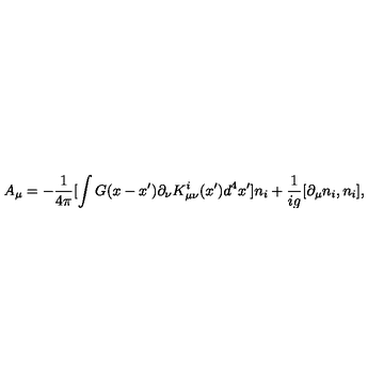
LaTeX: A _ { \mu } = - \frac 1 { 4 \pi } [ \int G ( x - x ^ { \prime } ) \partial _ { \nu } K _ { \mu \nu } ^ { i } ( x ^ { \prime } ) d ^ { 4 } x ^ { \prime } ] n _ { i } + \frac 1 { i g } [ \partial _ { \mu } n _ { i } , n _ { i } ] ,